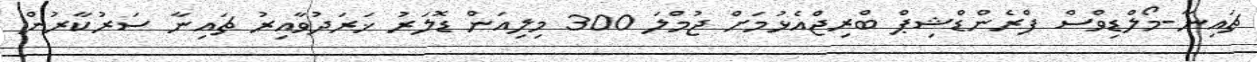
ޗައިނާ-މޯލްޑިވްސް ފްރެންޑްޝިޕް ބްރިޖްއެޅުމަށް ޖުމްލަ 300 މިލިއަން ޑޮލަރު ޚަރަދުވާއިރު ޗައިނާ ސަރުކާރުން